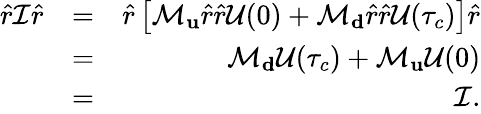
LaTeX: \begin{array}{rlr}{\hat{r}\mathcal{I}\hat{r}}&{=}&{\hat{r}\left[\mathcal{M}_{\mathbf u}\hat{r}\hat{r}\mathcal{U}(0)+\mathcal{M}_{\mathbf d}\hat{r}\hat{r}\mathcal{U}(\tau_{c})\right]\hat{r}}\\ &{=}&{\mathcal{M}_{\mathbf d}\mathcal{U}(\tau_{c})+\mathcal{M}_{\mathbf u}\mathcal{U}(0)}\\ &{=}&{\mathcal{I}.}\end{array}